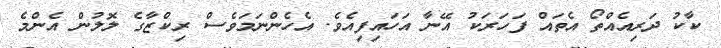
ކާކު ދަރިއެއްތޯ އެތައް ފަހަރަކު އޭނާ އަހައިފިއެވެ. އެހެންނަމަވެސް ރިކްޒާގެ ލޮލުން އެންމެ